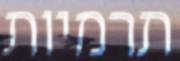
תרמיות